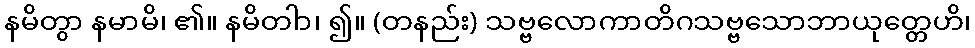
နမိတွာ နမာမိ၊ ၏။ နမိတါာ၊ ၍။ (တနည်း) သဗ္ဗလောကာတိဂသဗ္ဗသောဘာယုတ္တေဟိ၊